Language: tamil
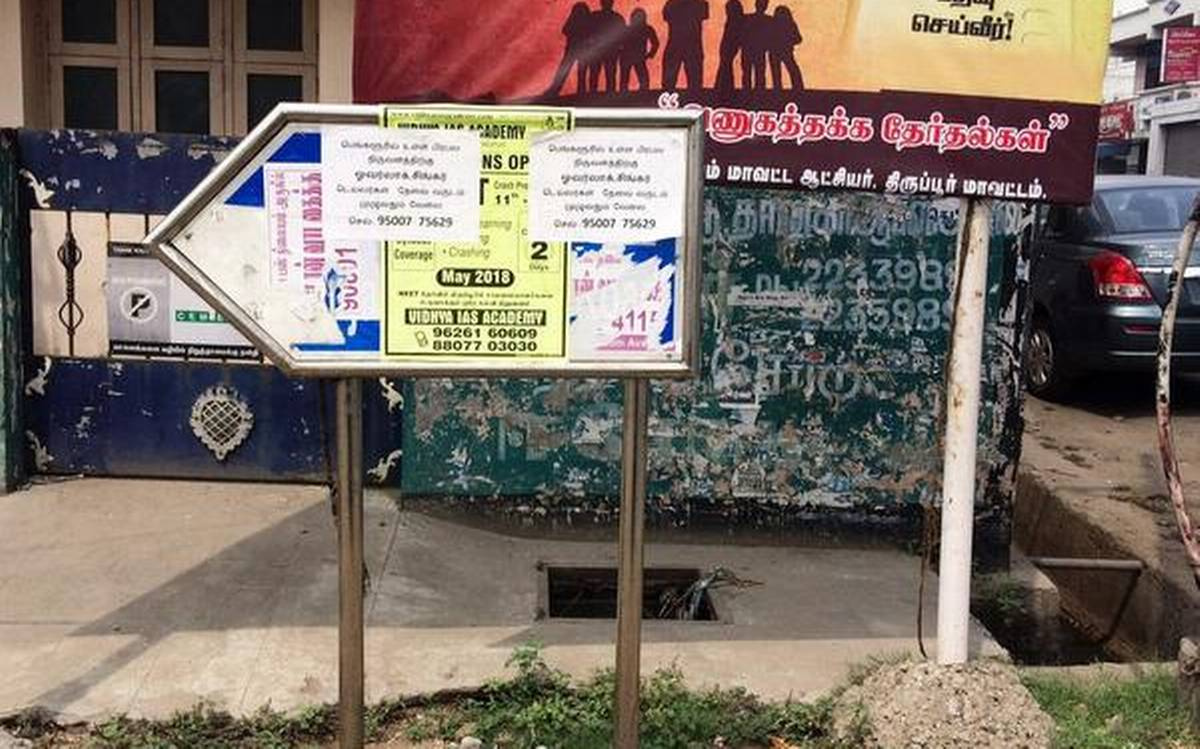
Transcription: செய்வீர் தோ்தல்கள் ஆட்சியர் திருப்பூர் மாவட்டம் ணுகத்தக்க ம் மாவட்ட